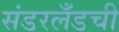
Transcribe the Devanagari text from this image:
संडरलँडची